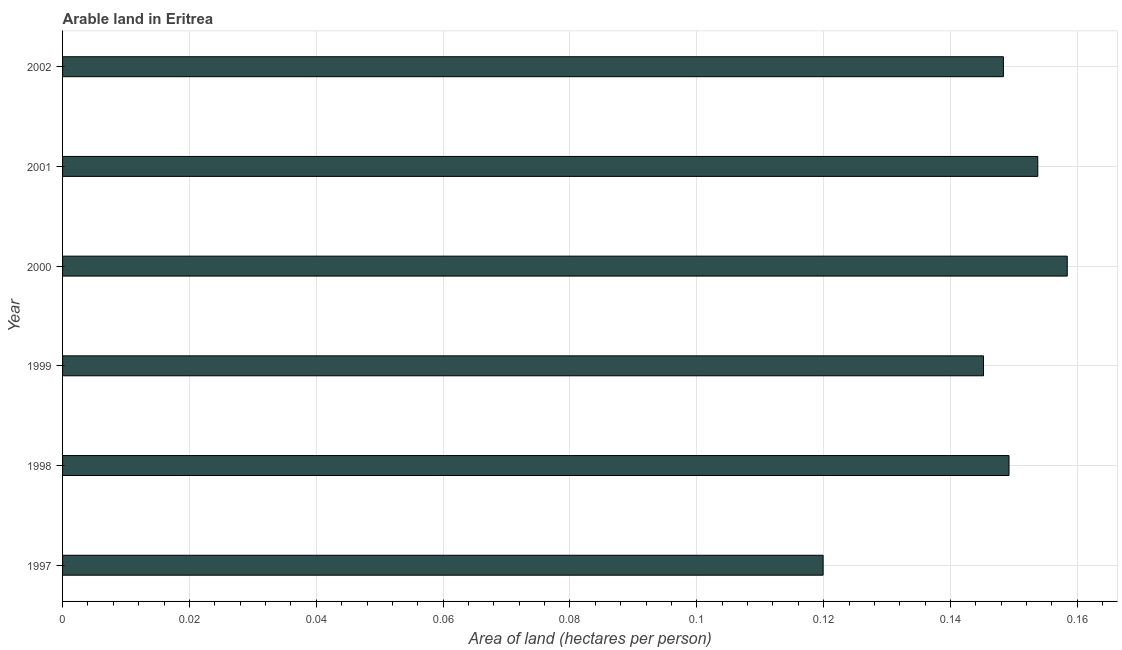
| Year | Arable land |
 | --- | --- |
 | 1997 | 0.12 |
 | 1998 | 0.149 |
 | 1999 | 0.145 |
 | 2000 | 0.158 |
 | 2001 | 0.154 |
 | 2002 | 0.148 |